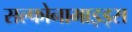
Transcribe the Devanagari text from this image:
सल्फोनामाइड्स